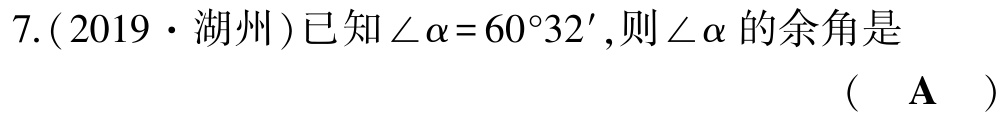
7.(2019·湖州)已知$\angle\alpha = 60^{\circ}32'$,则$\angle\alpha$的余角是 （  A  ）